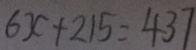
6 x + 2 1 5 = 4 3 7